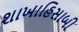
શાખાહિસાબી